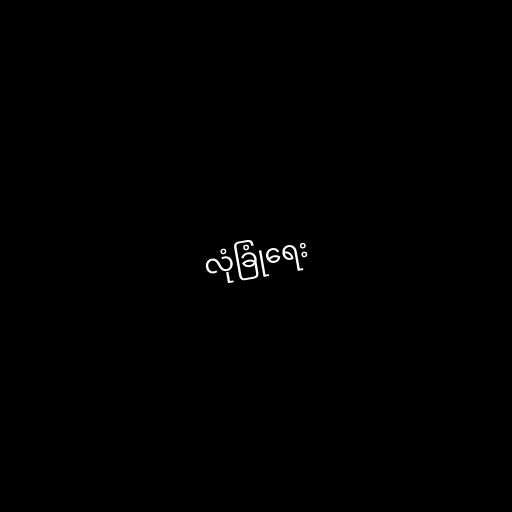
လုံခြုံရေး